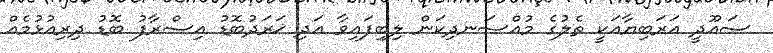
ސައޫދީ އަރަބިޔާއަކީ ތެލުގެ މުއްސަނދިކަން ލިބިފައިވާ އަދި ޚަރަދުބޮޑު އިސްރާފު ބޮޑު ދިރިއުޅުމެއް